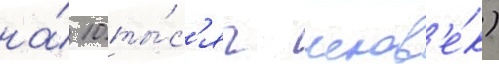
на́ 10 ты́с'яч челов'е́к)